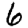
Digit: 6